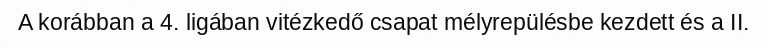
A korábban a 4. ligában vitézkedő csapat mélyrepülésbe kezdett és a II.